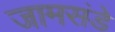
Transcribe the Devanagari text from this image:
जामसंडे